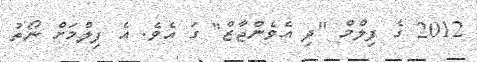
2012 ގެ ފިލްމް "ދި އެވެންޖާޒް" ގަ އެވެ. އެ ފިލްމަށް ނޯތު